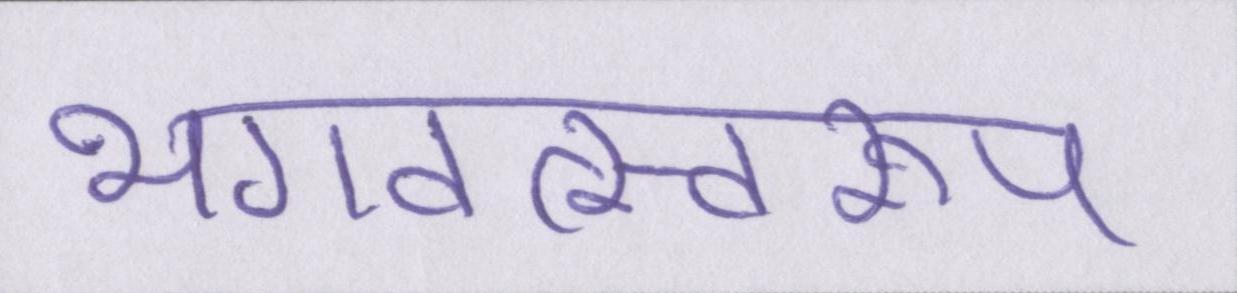
भगवत्स्वरूप